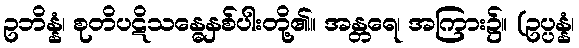
ဥဘိန္နံ၊ စုတိပဋိသန္ဓေနှစ်ပါးတို့၏။ အန္တရေ၊ အကြား၌။ (ဥပ္ပန္နံ၊